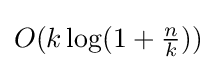
{\textstyle O(k\log(1+{\frac {n}{k}}))}